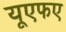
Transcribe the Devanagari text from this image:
यूएफए